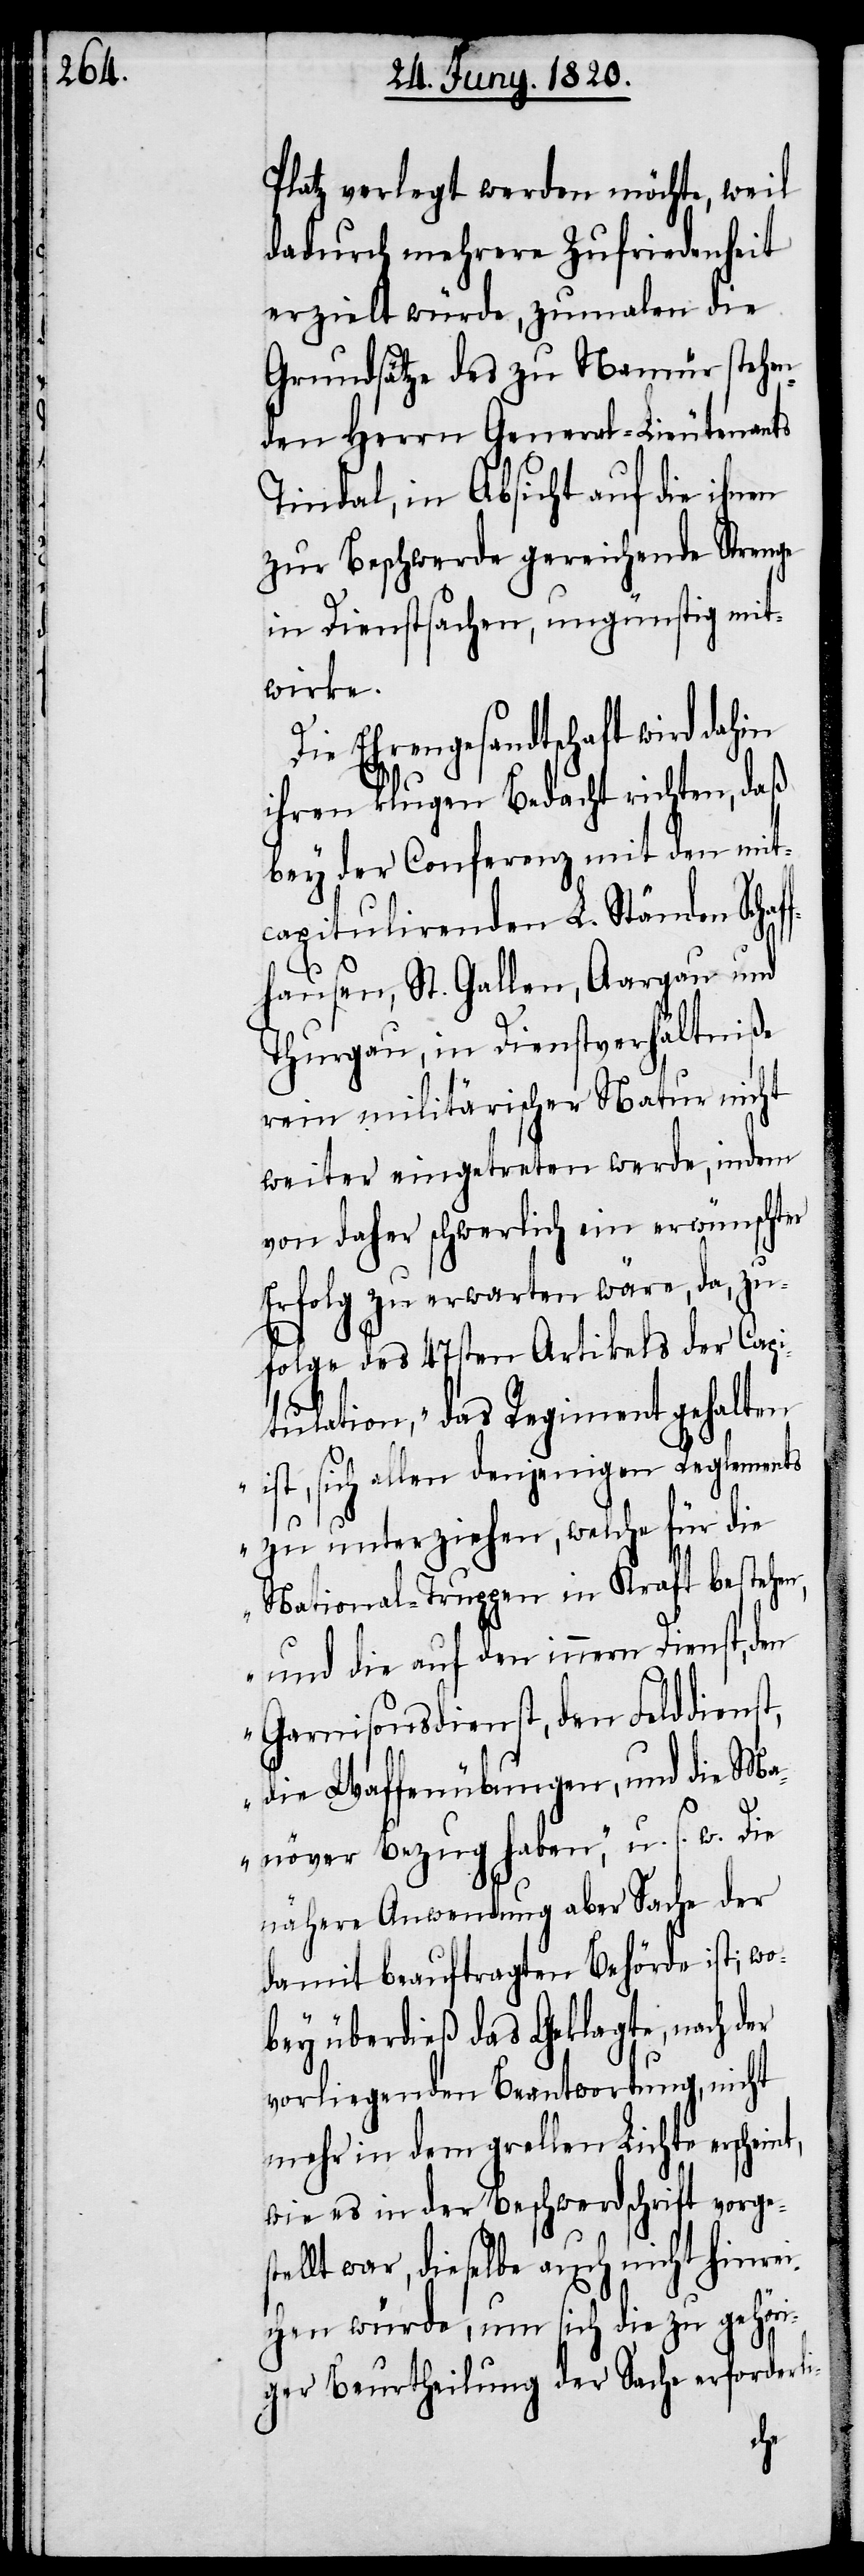
Platz verlegt werden möchte, weil
dadurch mehrere Zufriedenheit
erzielt würde, zumalen die
Grundsätze des zu Namür stehen¬
den Herrn General-Lieutenants
Tindal, in Absicht auf die ihnen
zur Beschwerde gereichende Strenge
in Dienstsachen, ungünstig mit¬
wirke.
Die Ehrengesandtschaft wird dahin
ihren klugen Bedacht richten, daß
bey der Conferenz mit den mit¬
capitulirenden L. Ständen Schaf¬
fhausen, St. Gallen, Aargau und
Thurgau, in Dienstverhältniße
rein militärischer Natur nicht
weiter eingetreten werde, indem
von daher schwerlich ein erwünschter
Erfolg zu erwarten wäre, da, zu¬
folge des 47sten Artikels der Capi¬
tulation, „das Regiment gehalten
ist, sich allen denjenigen Reglements
zu unterziehen, welche für die
National-Truppen in Kraft bestehen,
und die auf den innern Dienst, den
Garnisonsdienst, den Felddienst,
die Waffenübungen, und die Man¬
nähere Anwendung aber Sache der
damit beauftragten Behörde ist; wo¬
bey überdieß das Geklagte, nach der
vorliegenden Beantwortung, nicht
mehr in dem grellen Lichte erscheint,
wie es in der Beschwerdschrift vorges¬
tellt war, dieselbe auch nicht hinrei¬
chen würde, um sich die zu gehöri¬
ger Beurtheilung der Sache erforderli-
över